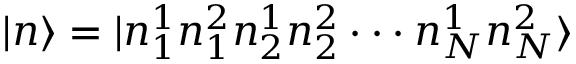
\vert n \rangle = \vert n _ { 1 } ^ { 1 } n _ { 1 } ^ { 2 } n _ { 2 } ^ { 1 } n _ { 2 } ^ { 2 } \cdot \cdot \cdot n _ { N } ^ { 1 } n _ { N } ^ { 2 } \rangle